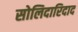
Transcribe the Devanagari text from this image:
सोलिदारिदाद